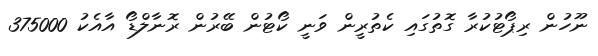
ނޫހުން ރިޕޯޓުކުރާ ގޮތުގައި ކެތުރީން ވަނީ ކޯޓުން ބޭރުން ރޮނާލްޑޯ އާއެކު 375000